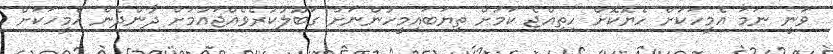
ވަނީ ނަމަ އެމީހަކަށް ހެޔޮކޮށް ހިތިއްޖެ ކަމަށް ތިޔަބައިމީހުންނަށް ގަބޫލުުކުރެވެއްޖައުމަށް ދާންދެން އެމީހަކަށް